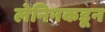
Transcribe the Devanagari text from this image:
लेनिनकडून